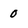
Character: 0